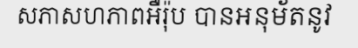
សភាសហភាពអឺរ៉ុប បានអនុម័តនូវ